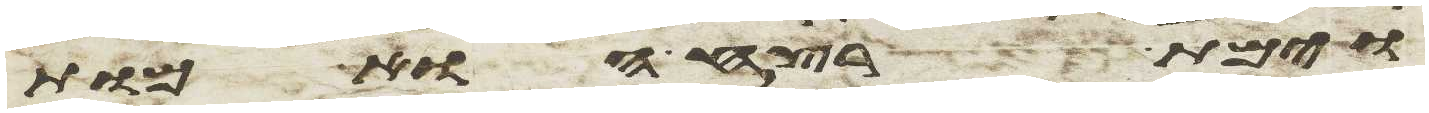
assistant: וימת רצח הוא מות